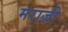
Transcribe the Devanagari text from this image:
मराज़ी